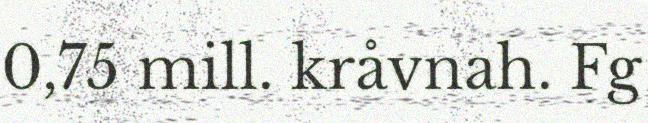
0,75 mill. kråvnah. Fg